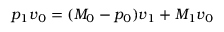
p _ { 1 } \boldsymbol { v } _ { 0 } = ( M _ { 0 } - p _ { 0 } ) \boldsymbol { v } _ { 1 } + M _ { 1 } \boldsymbol { v } _ { 0 }